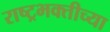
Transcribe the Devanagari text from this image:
राष्ट्रभक्तीच्या